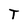
Character: T